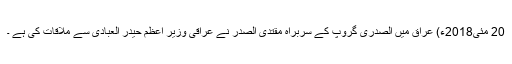
20 مئی2018ء) عراق میں الصدری گروپ کے سربراہ مقتدی الصدر نے عراقی وزیر اعظم حیدر العبادی سے ملاقات کی ہے ۔